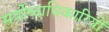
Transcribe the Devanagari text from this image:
सर्वोच्चाधिकारियों